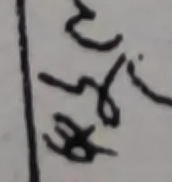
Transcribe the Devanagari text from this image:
बुब